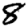
Digit: 8